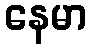
နေမာ